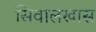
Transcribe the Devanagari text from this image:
सिवालखास